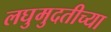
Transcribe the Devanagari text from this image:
लघुमुदतीच्‍या